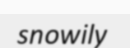
snowily